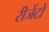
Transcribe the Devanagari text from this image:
रीजेंटों